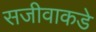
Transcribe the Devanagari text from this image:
सजीवाकडे